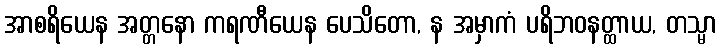
အာစရိယေန အတ္တနော ကရဏီယေန ပေသိတော, န အမှာကံ ပရိဘဝနတ္ထာယ, တသ္မာ